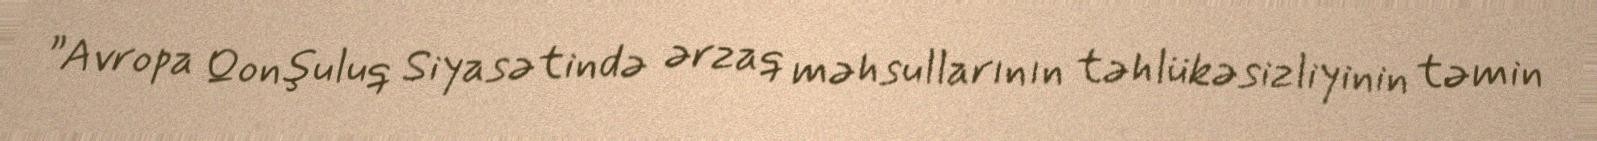
”Avropa Qonşuluq Siyasətində ərzaq məhsullarının təhlükəsizliyinin təmin